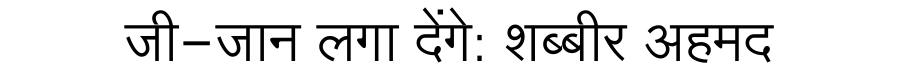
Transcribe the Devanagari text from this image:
जी-जान लगा देंगे: शब्बीर अहमद